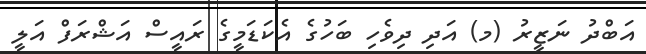
އަބްދު ނަޒީރު (މ) އަދި ދިވެހި ބަހުގެ އެކަޑަމީގެ ރައީސް އަޝްރަފް އަލީ